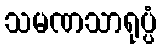
သမဏသာရုပ္ပံ